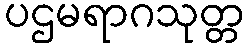
ပဌမရာဂသုတ္တ